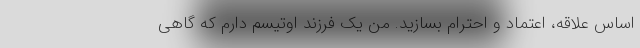
اساس علاقه، اعتماد و احترام بسازید. من یک فرزند اوتیسم دارم که گاهی